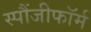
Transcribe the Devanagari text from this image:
स्पौंजीफॉर्म